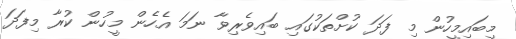
މިބައިމީހުން މި ފަދަ ކުށްތަކުގައި ބައިވެރިވާ ނަމަ އެހެން މީހުން ކުރާ މިފަދަ